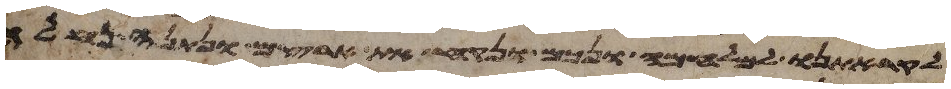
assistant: לקראתנו למלחמה ונכם ונקח את ארצם ונתנה נחלה